Vital statistics of India. Vol. IV, Annual returns from 1871 to 1876. British Army of India, Native Army and jails of Bengal
Year: 1871
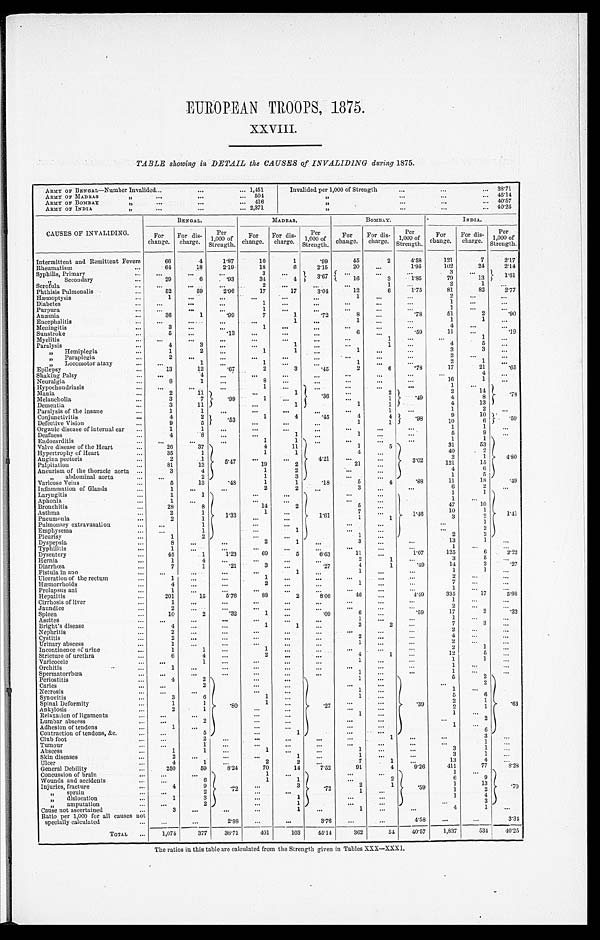
EUROPEAN TROOPS, 1875.
XXVIII.
TABLE showing in DETAIL the CAUSES of INVALIDING during 1875.
ARMY OF BENGAL—Number Invalided 1,451
Invalided per 1,000 of Strength
38.71
ARMY OF MADRAS „
504
„
45.14
ARMY OF BOMBAY „ 416
„
40.57
ARMY OF INDIA „ 2,371
„
40.25
CAUSES OF INVALIDING.
BENGAL.
MADRAS.
BOMBAY.
INDIA.
For
change.
F o r d i s -
charge.
Per
1 , 0 0 0 o f S t r e n g t h .
For
change. For dis-
charge. Per
1, 000 of St r engt h. For
change. For dis-
charge.
Per
1,000 of
Strength.
For
change. For dis-
charge.
Per
1,000 of
S t r e n g t h .
Intermittent and Remittent Fevers
66
4
1. 87
10
1
.99
45
2
4.58
121
7
2.17
Rheumatism
64
18
2.19
18
6
2.15
20
1.95
102
24
2.14
Syphilis, Primary
3
3.67
3
1.61
„ Secondary
29
6 . . 93
34
4
16
3
1.85
79
13
Scrofula
2
1
2
1
Phthisis Pulmonalis
52
59
2.96
17
17
3.04
12
6
1.75
81
82
2.77
Hæmoptysis
1
1
2
Diabetes
1
1
Purpura
1
1
Anæmia
36
1
.99
7
1
.72
8
.78
51
2
.90
Encephalitis
1
1
1
1
Meningitis
3
1
4
Sunstroke
5
.13
6
.59
11
.19
Myelitis
1
1
Paralysis
4
3
1
1
4
5
„ H e m i p l e g i a
1
2
1
1
1
3
3
„ P a r a p l e g i a
2
2
„ L o c o m o t o r a t a x u
1
1
1
2
1
Epilepsy
13
12
.67
2
3
.45
2
6
.78
17
21
.65
Shaking Palsy
4
4
Neuralgia
8
1
8
16
1
Hypochondriasis
1
1
.78
Mania
2
11
.99
1
.36
2
49
2
14
Melancholia
3
7
1
1
1
4
8
Dementia
3
11
1
1
1
4
13
Paralysis of the insane
1
1
1
1
2
Conjunctivitis
4
2
.53
1
4
.45
4
4
. 9 8
9
1 0
. 5 9
Defective Vision
9
5
1
1
10
6
Organic disease of internal ear
1
1
1
1
Deafness
4
8
1
1
5
9
Endocarditis
1
1
1
1
4 . 8 0
Valve disease of the Heart
26
37
5 . 4 7
4
11
4.21
1
5
3.02
31
53
Hypertrophy of Heart
35
1
1
1
4
40
2
Angina pectoris
2
1
2
1
Palpitation
81
13
19
2
21
121
15
Aneurism of the thoracic aorta
3
4
1
2
4
6
„ a b d o m i n a l a o r t a
2
1
3
1
5
„ V a r i c o s e V e i n s
5
13
.43
1
1
5
4
.88
11
18
.49
Inflammation of Glands
1
2
2
3
6
2
Laryngitis
1
1
1 . 3 3
1.61
1. 46
1
1
1 . 4 1
Aphonia
1
1
Bronchitis
28
8
14
2
5
4 7
10
Asthma
2
1
1
7
10
1
Pneumonia
2
1
1
1
3
2
Pulmonary extravasation
1
1
Emphysema
1
1
2
Pleurisy
1
2
1
2
2
Dyspepsia
8
2
1
3
13
1
Typhilitis
1
1
Dysentery
45
1
1.23
69
5
6.63
11
1.07
125
6
2 . 2 2
Hernia
1
4
2
1
3
5
Diarrhœa
7
1
.21
3
.27
4
1
.49
14
2
.27
Fistula in ano
1
1
1
1
Ulceration of the rectum
1
1
2
Hæmorrhoids
4
2
1
7
Prolapsus ani
1
1
Hepatitis
201
15
5.76
88
2
8.06
46
4.49
335
17
5 . 9 8
Cirrhosis of liver
1
1
Jaundice
2
2
Spleen
10
2
.32
1
.09
6
.59
17
2
.32
Ascites
1
1
Bright' s disease
4
1
1
2
2
7
3
Nephritis
2
2
Cystitis
2
2
4
Urinary abscess
1
1
2
Incontinence of urine
1
1
1
2
1
Stricture of urethra
6
4
2
4
1
12
5
Varicocele
1
1
1
1
Orchids
1
1
Spermatorrhœa
1
1
Periostitis
4
2
.80
.27
1
.39
5
2
.63
Caries
2
2
Necrosis
1
1
Synovitis
3
6
1
1
5
6
Spinal Deformity
1
1
1
2 1
Ankylosis
2
1
2
1
Relaxation of ligaments
1
1
Lumbar abscess
2
2
Adhesion of tendons
1
1
Contraction of tendons, &c
5
1
6
Club foot
2
1
3
Tumour
1
1
Abscess
1
1
1
1
3
1
Skin diseases
2
1
1
3
1
Ulcer
4
1
2
2
7
1
1 3
4
General Debility
250
59
8.24
70
14
7.52
91
4
9.26
411
7 7 8 . 2 8
Concussion of brain
.72
1
.72
.59
1
. 7 0
Wounds and accidents
6
1
1
2
6
9
Injuries, fracture
4
9
3
2
1
1
1 3
„ sprain
2
1
1
2
„ d i s l o c a t i o n
1
3
1
1 4
„ a mp u t a t i o n
2
1
3
Cause not ascertained
3
1
1
4
1
Ratio per 1,000 for all causes not
specially calculated
2.88
3.76
4.58
3 . 3 4
TOTAL
1,074
377 38.71
401
103 45.14
362
54 40.57 1,837
534 40. 25
The ratios in this table are calculated from the Strength given in Tables XXX—XXXI.